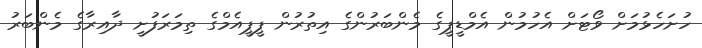
ހުށަހެޅުމަށް ވޯޓަށް އެހުމުން އެމްޑީޕީގެ މެންބަރުންގެ އިތުރުން ޕީޕީއެމްގެ ތިމަރަފުށީ ދާއިރާގެ މެންބަރު